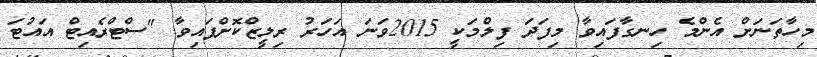
މިހާތަނަށް އެންމެ ހިނގާފައިވާ މިފަދަ ފިލްމަކީ 2015ވަނަ އަހަރު ރިލީޒްކޮށްފައިވާ "ސްޓްރެއިޓް އައުޓަ